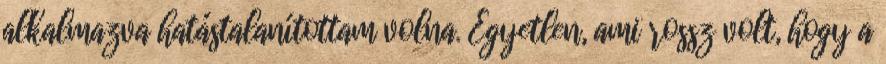
alkalmazva hatástalanítottam volna. Egyetlen, ami rossz volt, hogy a